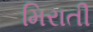
મિરાતી